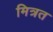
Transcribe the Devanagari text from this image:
मित्रत